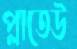
প্লাতেউ